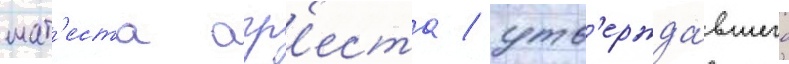
мат'еста агр'еста / утв'ержда́вшего